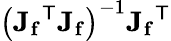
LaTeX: \left(\mathbf{J_{f}}^{\mathsf{T}}\mathbf{J_{f}}\right)^{-1}\mathbf{J_{f}}^{\mathsf{T}}